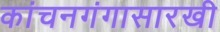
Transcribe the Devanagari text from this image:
कांचनगंगासारखी